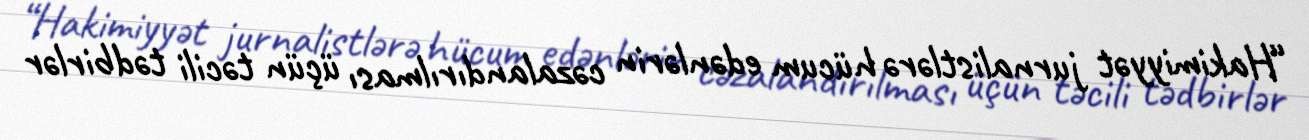
“Hakimiyyət jurnalistlərə hücum edənlərin cəzalandırılması üçün təcili tədbirlər